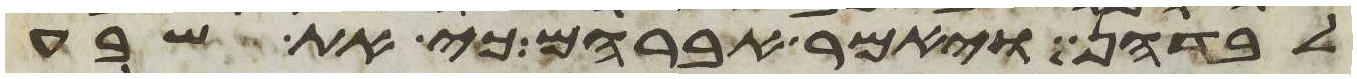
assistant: לבדהן ויאמר אברהם כי את שבע